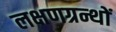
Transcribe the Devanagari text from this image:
लक्षणग्रन्थों